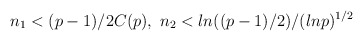
\begin{align*}n_1<(p-1)/2C(p),\,\,n_2<ln((p-1)/2)/(lnp)^{1/2}\end{align*}